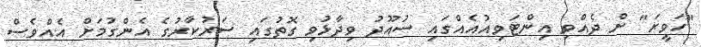
"ހަވީރަ" ށް ދެއްވި އިންޓަވިއުއެއްގައި ސުއޫދު ވިދާޅުވި ގޮތުގައި ސަރުކާރުގެ އެންގުމަށް އެއްވެސް